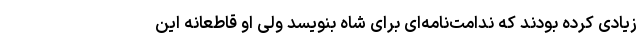
زیادی کرده بودند که ندامت‌نامه‌ای برای شاه بنویسد ولی او قاطعانه این